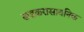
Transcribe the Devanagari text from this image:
खडकरासायनिक